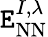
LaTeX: \mathtt{E}_{\textrm{{NN}}}^{I,\lambda}